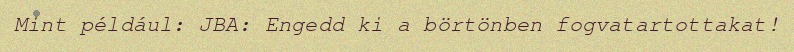
Mint például: JBA: Engedd ki a börtönben fogvatartottakat!